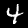
Digit: 4